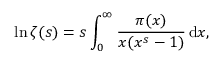
\ln \zeta ( s ) = s \int _ { 0 } ^ { \infty } { \frac { \pi ( x ) } { x ( x ^ { s } - 1 ) } } \, \mathrm { d } x ,